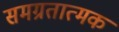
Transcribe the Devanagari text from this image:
समग्रतात्मक